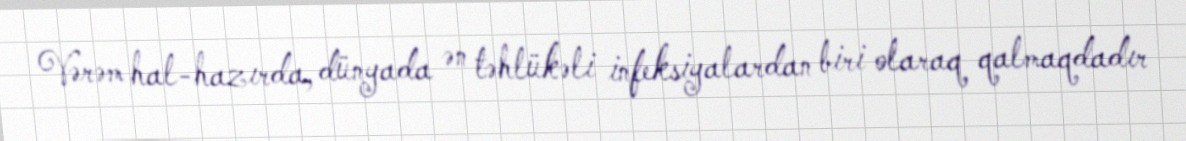
Vərəm hal-hazırda, dünyada ən təhlükəli infeksiyalardan biri olaraq qalmaqdadır